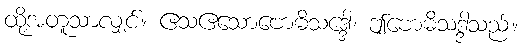
ထို့အတူသာလျှင်။ ဧသဧသောဗောဓိသဒ္ဒေါ၊ ဤဗောဓိသဒ္ဒါသည်။